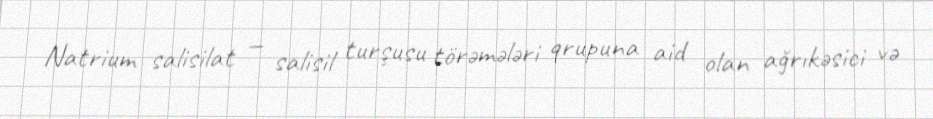
Natrium salisilat — salisil turşusu törəmələri qrupuna aid olan ağrıkəsici və